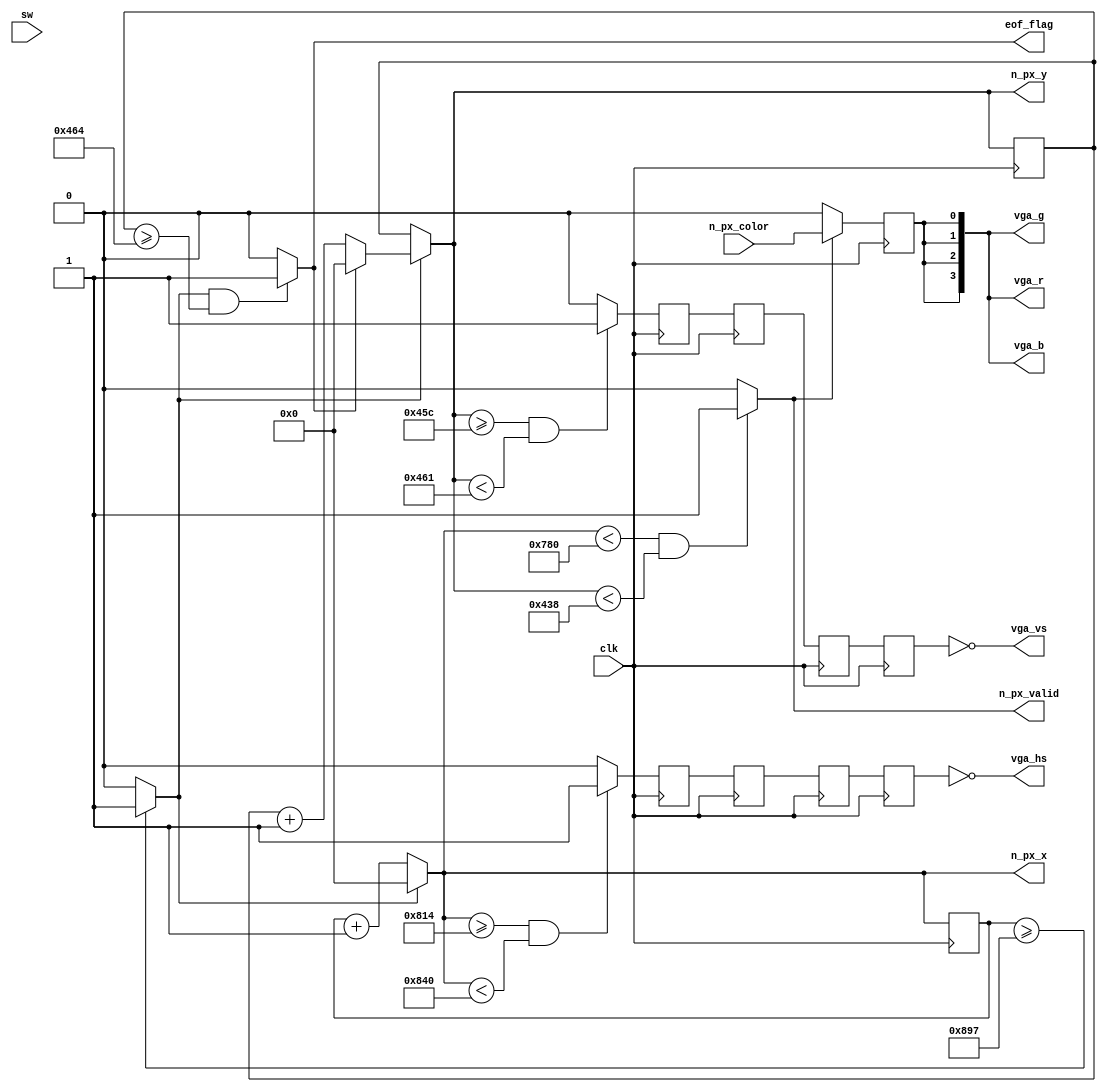
`timescale 1ns / 1ps
//////////////////////////////////////////////////////////////////////////////////
// Company: 
// Engineer: 
// 
// Design Name: 
// Module Name: vga
// Project Name: 
// Target Devices: 
// Tool Versions: 
// Description: 
// 
// Dependencies: 
// 
// Revision:
// Revision 0.01 - File Created
// Additional Comments:
// 
//////////////////////////////////////////////////////////////////////////////////


module vga #(
    parameter COLOR_BITS = 1,
    parameter PIXEL_INTERFACE_LATENCY = 4,
    parameter PIXEL_DIM_WIDTH = 10
) (
    input wire clk,
    output wire n_px_valid,
    output wire [PIXEL_DIM_WIDTH-1:0] n_px_x,
    output wire [PIXEL_DIM_WIDTH-1:0] n_px_y,
    input wire [COLOR_BITS-1:0] n_px_color,
    output wire vga_vs,
    output wire vga_hs,
    output wire [3:0] vga_r,
    output wire [3:0] vga_g,
    output wire [3:0] vga_b,
    output wire eof_flag
    ,input wire [15:0] sw
);
//    //640x480@60Hz Params; f_clk = 25.175 MHz
//    localparam HTS=800, VTS=525, HTD=640, VTD=480, HTPW=96, VTPW=2, HTFP=16, VTFP=10, HTBP=48, VTBP=33, SYNC_POL=0;
    //1920x1080@60Hz Params; f_clk = 145.5 MHz
    localparam HTS=2200, VTS=1125, HTD=1920, VTD=1080, HTPW=44, VTPW=5, HTFP=88, VTFP=4, HTBP=148, VTBP=36, SYNC_POL=1;
    reg [PIXEL_DIM_WIDTH-1:0] count_x = 0;
    reg [PIXEL_DIM_WIDTH-1:0] count_y = 0;
    wire count_x_tc = (count_x >= HTS-1) ? 1'b1 : 1'b0;
    wire count_y_tc = (count_x_tc == 1'b1 && count_y >= VTS-1) ? 1'b1 : 1'b0;
    wire [PIXEL_DIM_WIDTH-1:0] n_count_x = (count_x_tc == 1'b1) ? ('b0) : (count_x + 1'b1);
    wire [PIXEL_DIM_WIDTH-1:0] n_count_y = (count_x_tc == 1'b1) ? ((count_y_tc == 1'b1) ? ('b0) : (count_y + 1'b1)) : (count_y);
    assign eof_flag = count_y_tc;
    assign n_px_x = n_count_x;// - sw[7:0];// - HTFP - HTPW;
    assign n_px_y = n_count_y;// - sw[15:8];// - VTFP - VTPW;
//    assign n_px_valid = (n_count_x >= HTFP + HTPW && n_count_y >= VTFP + VTPW && n_count_x < HTFP + HTPW + HTD && n_count_y < VTFP + VTPW + VTD) ? 1'b1 : 1'b0;
    assign n_px_valid = (n_count_x < HTD && n_count_y < VTD) ? 1'b1 : 1'b0;
    reg [COLOR_BITS-1:0] color = 0;
    wire [COLOR_BITS-1:0] n_color = (n_px_valid == 1'b1) ? n_px_color : 'b0;
    always@(posedge clk) begin
        count_x <= n_count_x;
        count_y <= n_count_y;
        color <= n_color;
    end
    wire hs, vs;
//    assign hs = (n_count_x >= HTPW) ? 1'b1 : 1'b0;
//    assign vs = (n_count_y >= VTPW) ? 1'b1 : 1'b0;
    assign hs = (n_count_x >= HTD + HTBP && n_count_x < HTD + HTBP + HTPW) ? 1'b1 : 1'b0;
    assign vs = (n_count_y >= VTD + VTBP && n_count_y < VTD + VTBP + VTPW) ? 1'b1 : 1'b0;
    assign {vga_r, vga_g, vga_b} = {12/COLOR_BITS{color}};
    reg [PIXEL_INTERFACE_LATENCY-1:0] hs_buf = 'b0;
    reg [PIXEL_INTERFACE_LATENCY-1:0] vs_buf = 'b0;
    always@(posedge clk) hs_buf[0] <= hs;
    always@(posedge clk) vs_buf[0] <= vs;
    genvar i;
    generate for (i=1; i<PIXEL_INTERFACE_LATENCY; i=i+1) begin : PIXEL_BUFFER_STAGE_i
        always@(posedge clk) hs_buf[i] <= hs_buf[i-1];
        always@(posedge clk) vs_buf[i] <= vs_buf[i-1];
    end endgenerate
    assign vga_hs = SYNC_POL ^ hs_buf[PIXEL_INTERFACE_LATENCY-1];
    assign vga_vs = SYNC_POL ^ vs_buf[PIXEL_INTERFACE_LATENCY-1];
endmodule